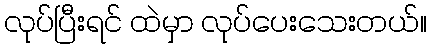
လုပ်ပြီးရင် ထဲမှာ လုပ်ပေးသေးတယ်။